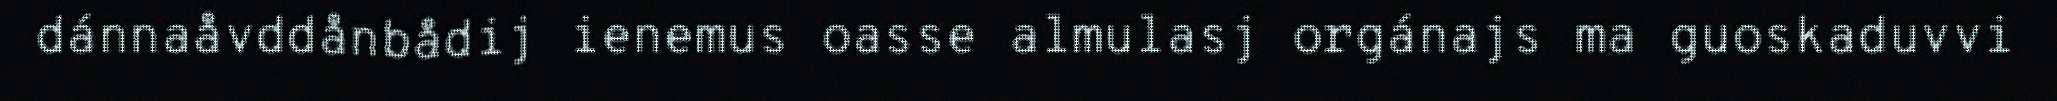
dánnaåvddånbådij ienemus oasse almulasj orgánajs ma guoskaduvvi